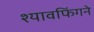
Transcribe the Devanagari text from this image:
श्यावफिंगने